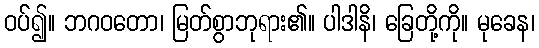
ဝပ်၍။ ဘဂဝတော၊ မြတ်စွာဘုရား၏။ ပါဒါနိ၊ ခြေတို့ကို။ မုခေန၊